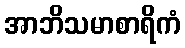
အာဘိသမာစာရိကံ